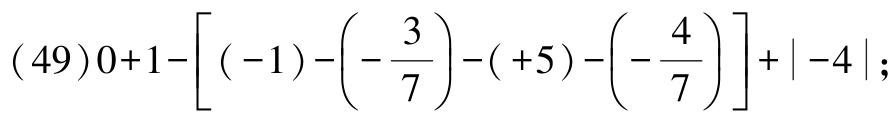
\((49)0 + 1 - \left[(-1)-\left(-\dfrac{3}{7}\right)-(+5)-\left(-\dfrac{4}{7}\right)\right]+|-4|\);